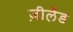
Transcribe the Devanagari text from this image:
ज़ीलेंड